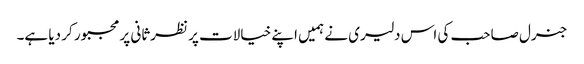
جنرل صاحب کی اس دلیری نے ہمیں اپنے خیالات پر نظرثانی پر مجبور کر دیا ہے۔